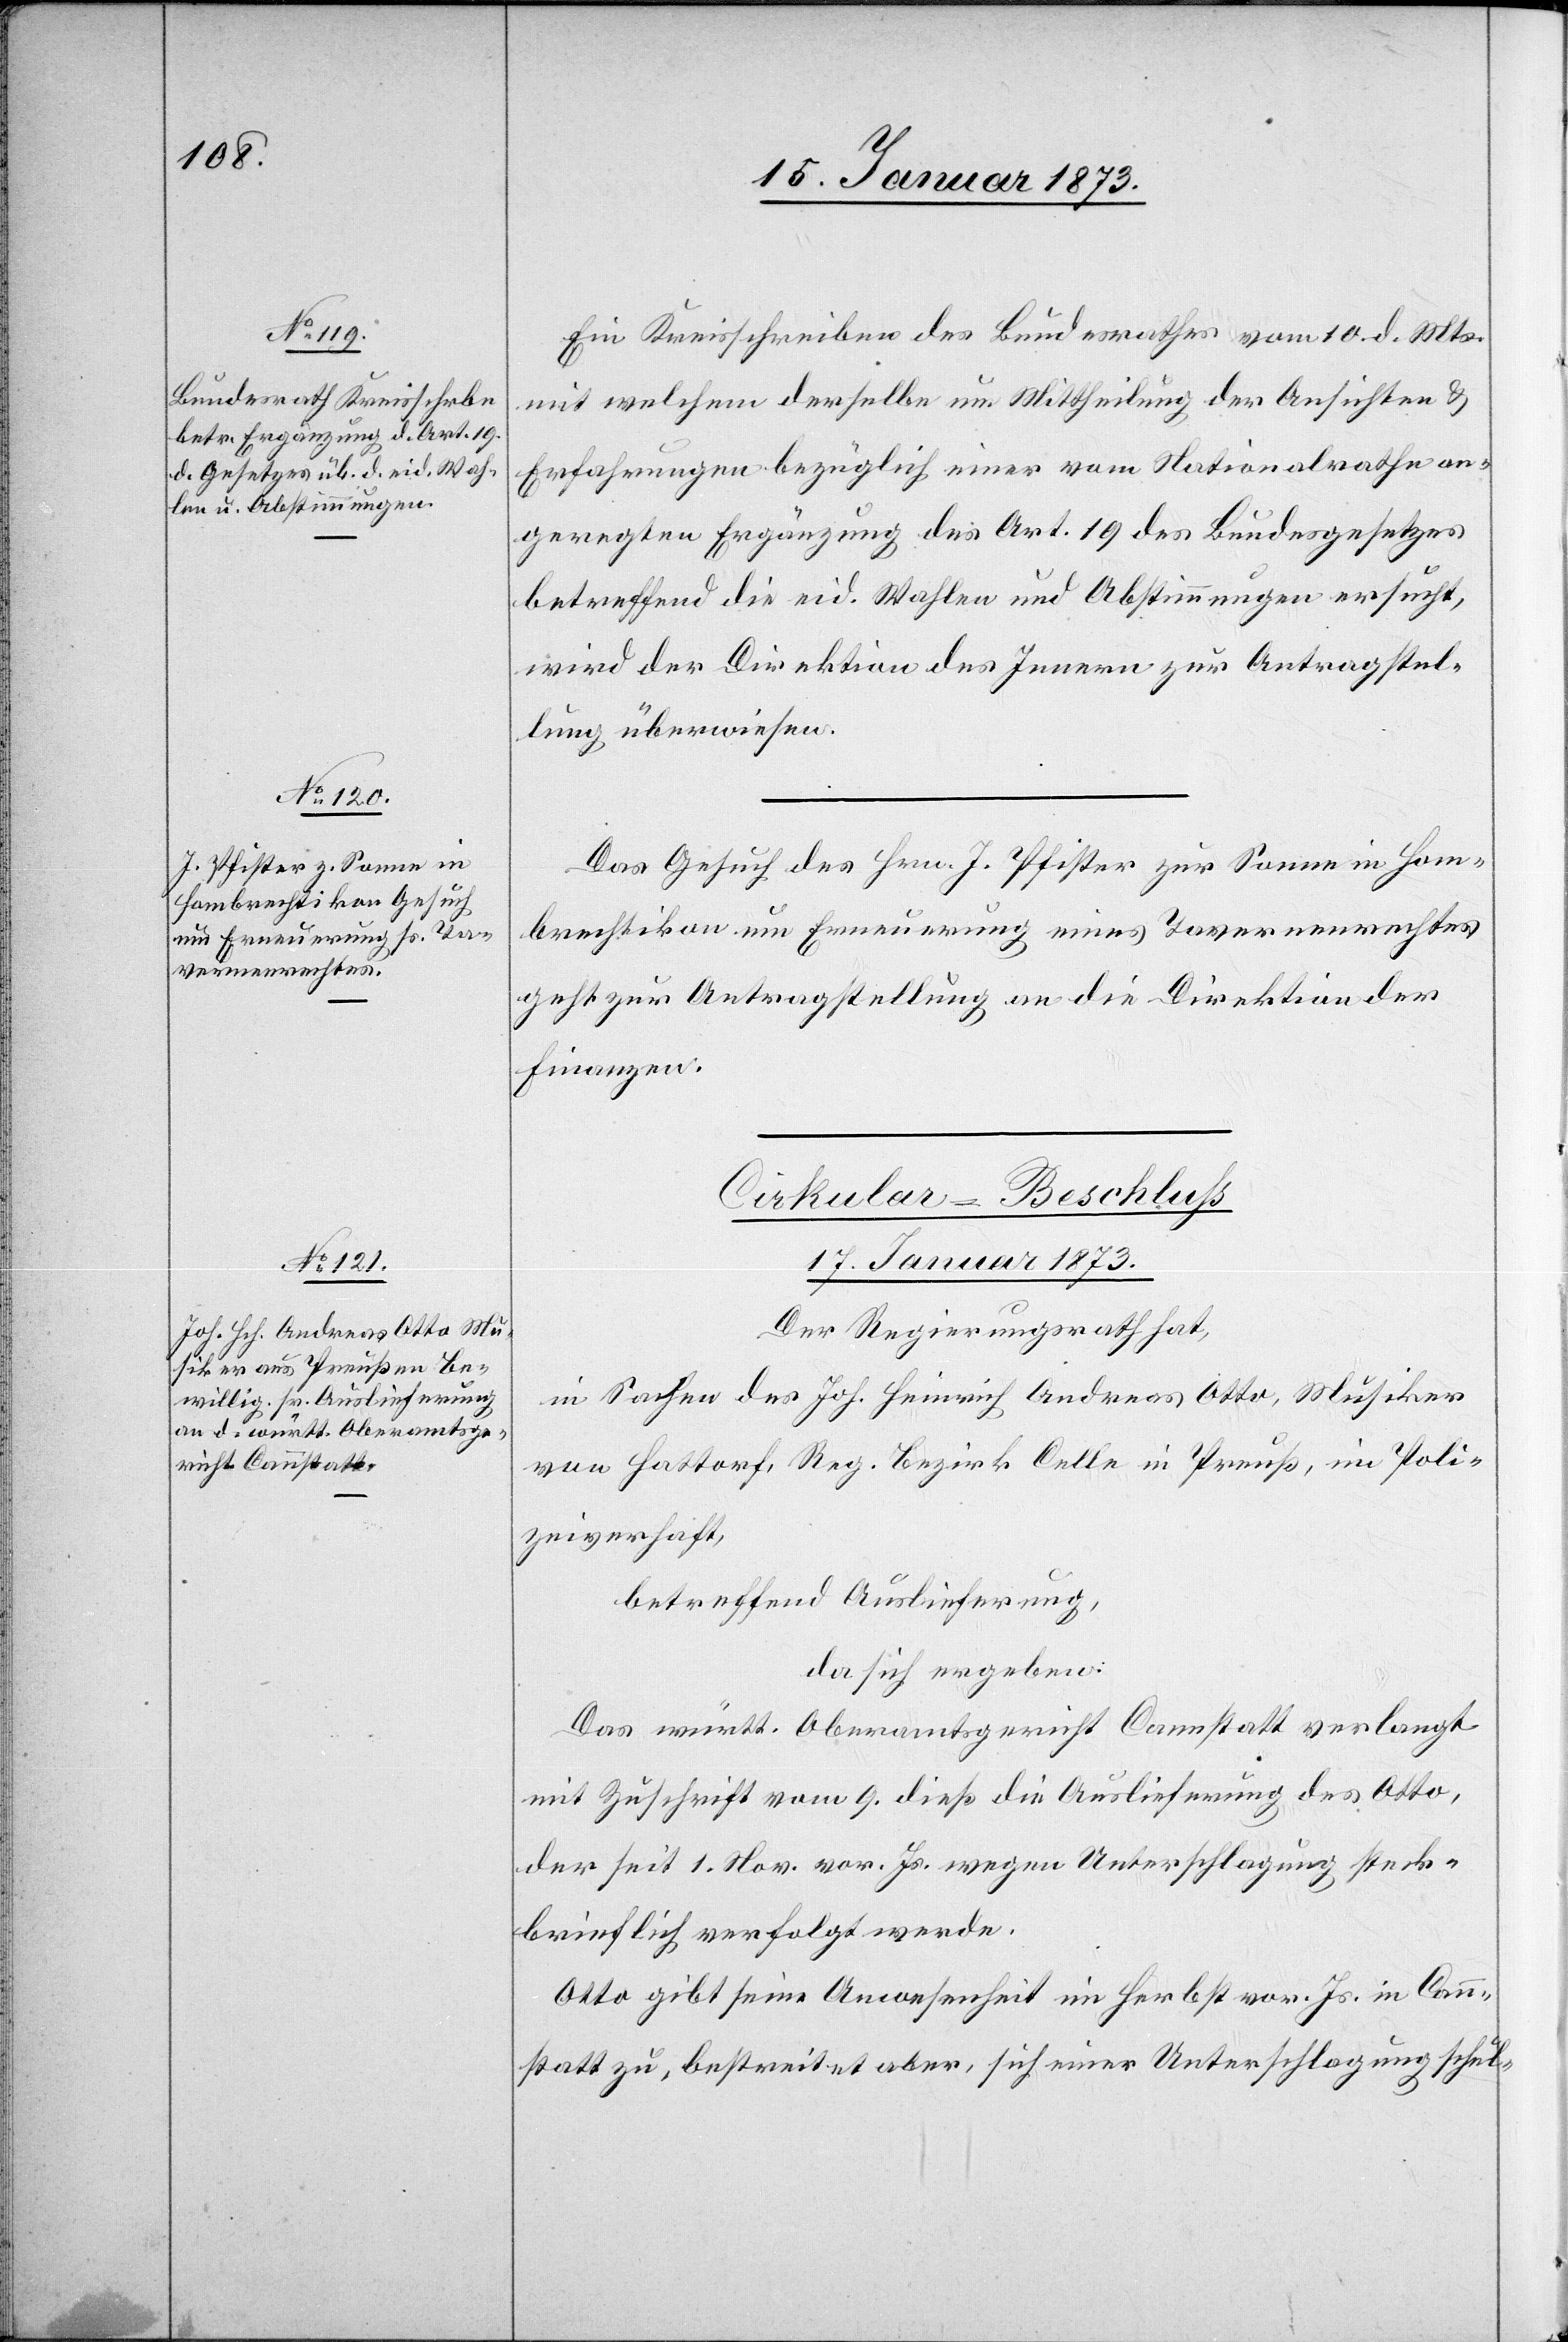
Ein Kreisschreiben des Bundesrathes vom 10. d. Mts.
mit welchem derselbe um Mittheilung der Ansichten u.
Erfahrungen bezüglich einer vom Nationalrathe an¬
geregten Ergänzung des Art. 19 des Bundesgesetzes
betreffend die eid. Wahlen und Abstimmungen ersucht,
wird der Direktion des Innern zur Antragstel¬
lung überwiesen.
Das Gesuch des Hrn. J. Pfister zur Sonne in Hom¬
brechtikon um Erneuerung eines Tavernenrechtes
geht zur Antragstellung an die Direktion der
Finanzen.
Cirkular-Beschluß
17. Januar 1873.
Der Regierungsrath hat,
in Sachen des Joh. Heinrich Andreas Otto, Musiker
von Hattorf Reg. Bezirk Celle in Preuß[en], im Poli¬
zeiverhaft,
betreffend Auslieferung,
da sich ergeben:
Das württ. Oberamtsgericht Cannstatt verlangt
mit Zuschrift vom 9. dieß die Auslieferung des Otto,
der seit 1. Nov. vor. Js. wegen Unterschlagung steck¬
brieflich verfolgt werde.
Otto gibt seine Anwesenheit im Herbst vor. Js. in Cann¬
statt zu, bestreitet aber, sich einer Unterschlagung schul-